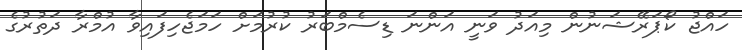
ހައްޖު ކޯޕަރޭޝަނުން މިއަދު ވަނީ އަންނަ ޑިސެމްބަރު ކުރުމަށް ހަމަޖެހިފައިވާ އުމްރާ ދަތުރުގެ